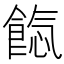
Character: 𩜐